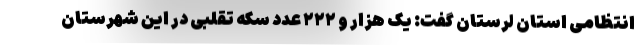
انتظامی استان لرستان گفت: یک هزار و ۲۲۲ عدد سکه تقلبی در این شهرستان